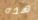
هذه